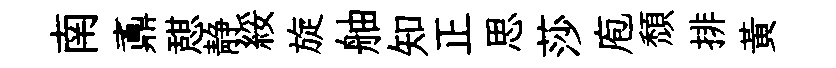
南鼒憇静綏旋舳知正思莎庖頽排黄